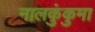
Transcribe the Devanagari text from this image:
नालकुंकुमा